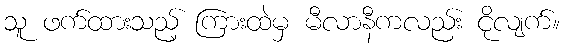
သူ ဖက်ထားသည့် ကြားထဲမှ မီလာနီကလည်း ငိုလျက်။